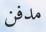
مدفن